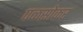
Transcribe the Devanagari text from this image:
पळसोकर